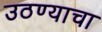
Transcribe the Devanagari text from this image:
उठण्याचा